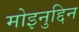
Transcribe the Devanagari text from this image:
मोइनुद्दिन